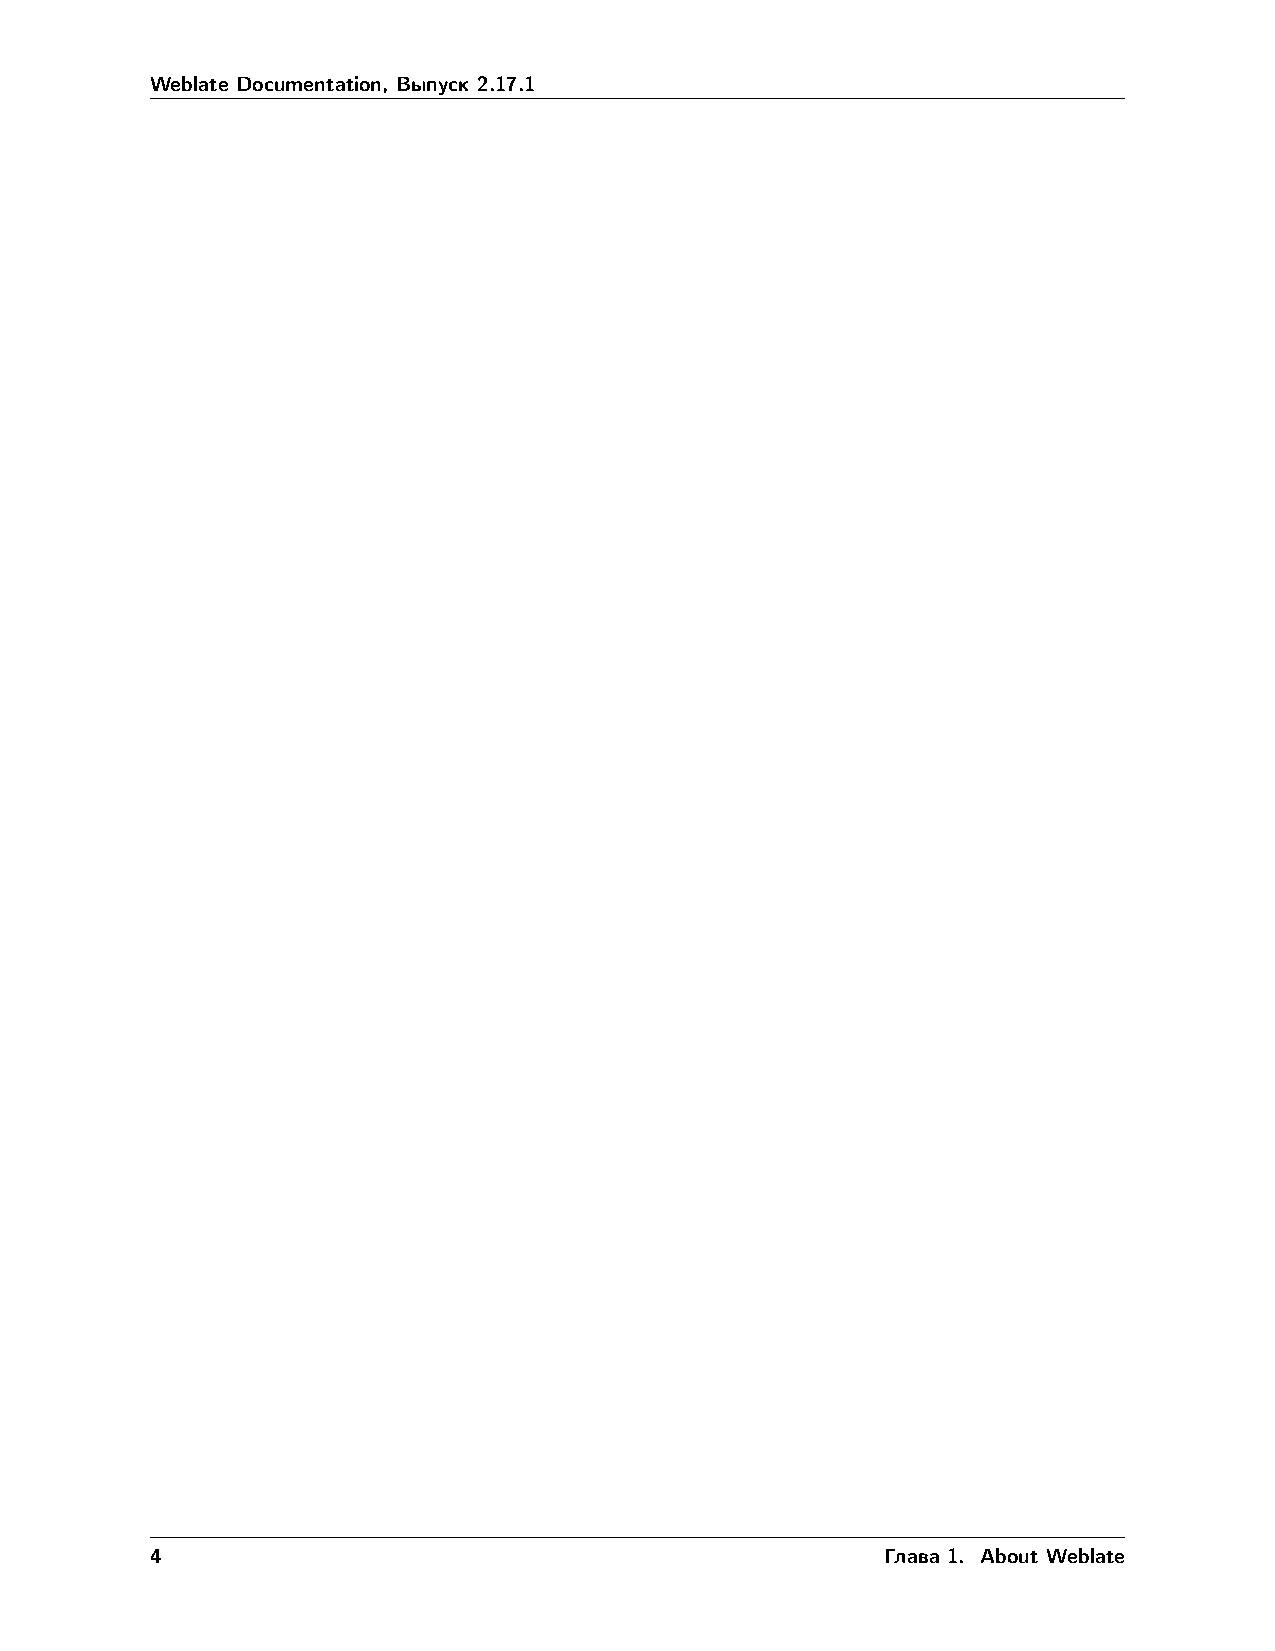
Weblate Documentation, Выпуск 2.17.1
 4                                                Глава 1. About Weblate